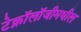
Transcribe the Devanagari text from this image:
टेक्नॉलॉजीमधील